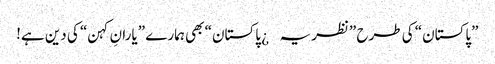
”پاکستان“ کی طرح ”نظریہ¿ پاکستان“ بھی ہمارے ”یارانِ کہن“ کی دین ہے!